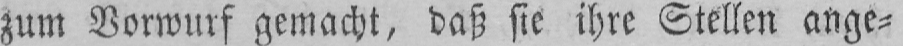
zum Vorwurf gemacht, daß sie ihre Stellen ange⸗